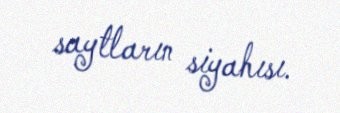
saytların siyahısı.